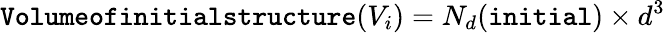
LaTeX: \texttt{Volumeofinitialstructure}(V_{i})=N_{d}(\texttt{initial})\times d^{3}